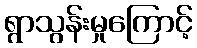
ရွာသွန်းမှုကြောင့်